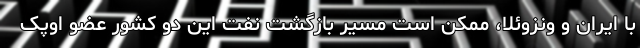
با ایران و ونزوئلا، ممکن است مسیر بازگشت نفت این دو کشور عضو اوپک